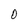
Character: 0